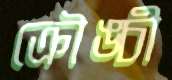
ক্রৌঙ্চী